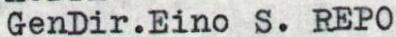
GenDir.Eino S. REPO